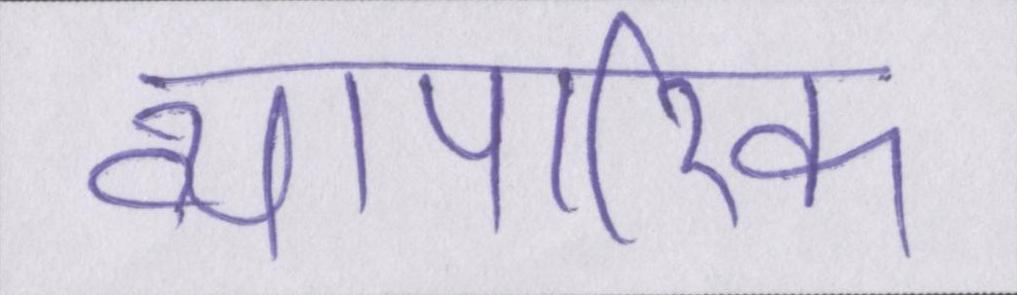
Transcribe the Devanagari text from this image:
व्यापारिक